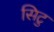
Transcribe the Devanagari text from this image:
सिटु